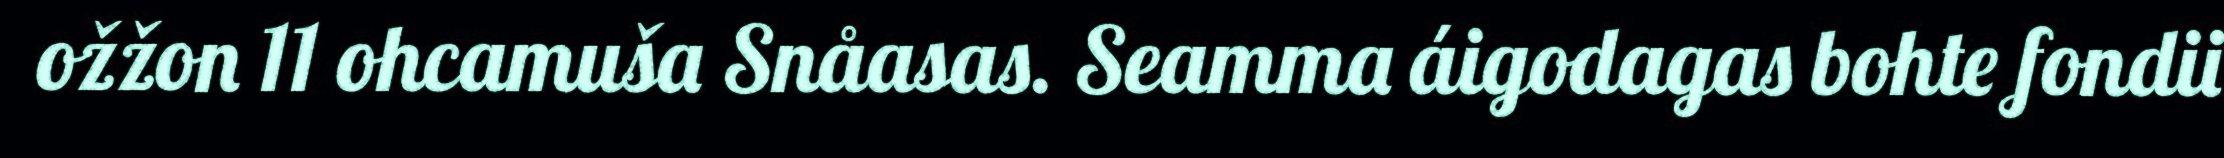
ožžon 11 ohcamuša Snåasas. Seamma áigodagas bohte fondii